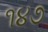
૧૪૭